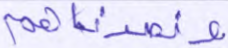
ونصرناهم